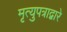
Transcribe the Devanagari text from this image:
मृत्युपत्राद्वारे